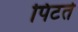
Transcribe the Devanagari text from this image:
पिटते